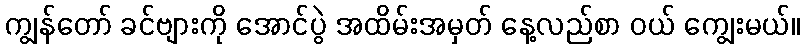
ကျွန်တော် ခင်ဗျားကို အောင်ပွဲ အထိမ်းအမှတ် နေ့လည်စာ ဝယ် ကျွေးမယ်။